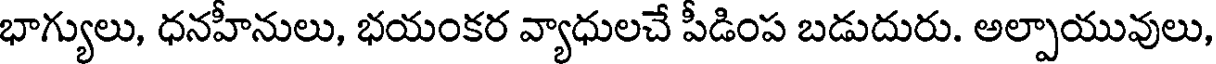
భాగ్యులు, ధనహీనులు, భయంకర వ్యాధులచే పీడింప బడుదురు. అల్పాయువులు,